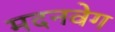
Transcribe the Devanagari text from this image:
मदनवेग